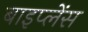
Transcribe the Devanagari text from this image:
बाइप्‍लेंस